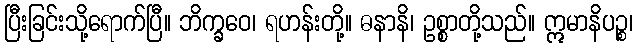
ပြီးခြင်းသို့ရောက်ပြီ။ ဘိက္ခဝေ၊ ရဟန်းတို့။ ဓနာနိ၊ ဥစ္စာတို့သည်။ ဣမာနိပဉ္စ၊